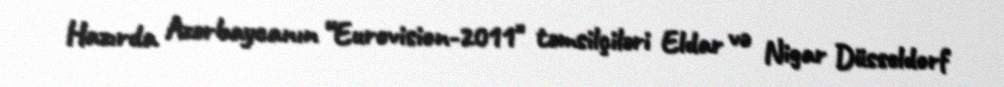
Hazırda Azərbaycanın “Eurovision-2011" təmsilçiləri Eldar və Nigar Düsseldorf